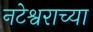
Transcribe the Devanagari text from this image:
नटेश्वराच्या